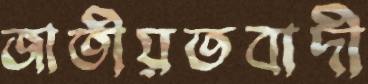
জাতীয়তবাদী